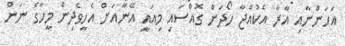
އަހަންނާއި އާރާ އެކުއްޖާ ހޯދަން ގޮއްސައި މިއައީ އޭނާއަށް އެހީވެދިން މީހާގެ ނަން